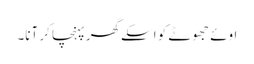
اوئے جھوٹے کو اسکے گھرپہنچا کر آنا۔